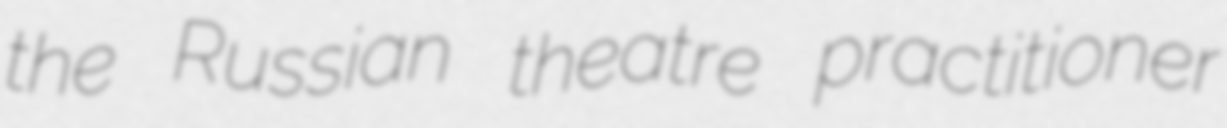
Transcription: the Russian theatre practitioner